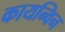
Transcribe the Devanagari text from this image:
कायन्विन